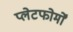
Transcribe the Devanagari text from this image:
प्लेटफोर्मों